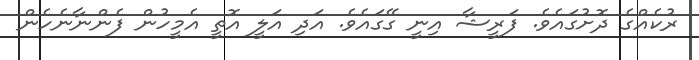
ރުކެއްގެ ދޮށުގައެވެ. ފަރީޝާ އިނީ ގޭގައެވެ. އަދި އަލީ އޮތީ އެމީހުން ފެންނާނެހެން